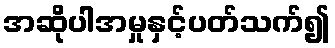
အဆိုပါအမှုနှင့်ပတ်သက်၍